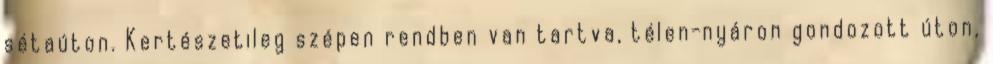
sétaúton. Kertészetileg szépen rendben van tartva, télen-nyáron gondozott úton,